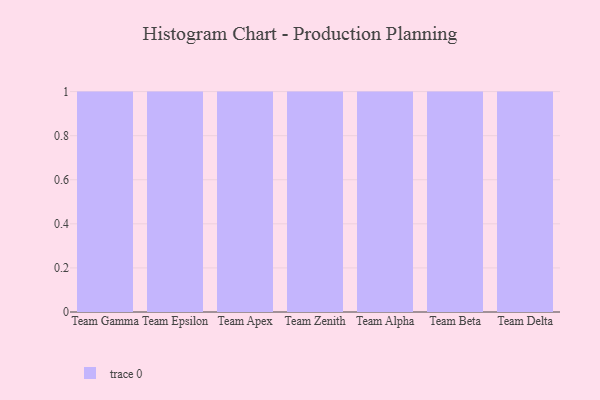
{"axis": {"x": "Team", "y": "Website Visitors"}, "legend": [""], "data": [{"x": "Team Gamma", "y": 62, "type": ""}, {"x": "Team Epsilon", "y": 99, "type": ""}, {"x": "Team Apex", "y": 30, "type": ""}, {"x": "Team Zenith", "y": 17, "type": ""}, {"x": "Team Alpha", "y": 81, "type": ""}, {"x": "Team Beta", "y": 86, "type": ""}, {"x": "Team Delta", "y": 28, "type": ""}]}